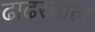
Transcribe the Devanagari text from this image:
ढाढरवाल्